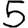
Digit: 5